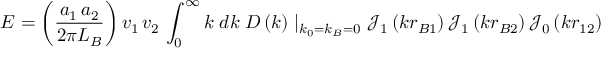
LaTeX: E = \left( { \frac { a _ { 1 } \, a _ { 2 } } { 2 \pi L _ { B } } } \right) v _ { 1 } \, v _ { 2 } \, \int _ { 0 } ^ { \infty } { k \; d k \; } D \left( k \right) \mid _ { k _ { 0 } = k _ { B } = 0 } { \mathcal { J } } _ { 1 } \left( k r _ { B 1 } \right) { \mathcal { J } } _ { 1 } \left( k r _ { B 2 } \right) { \mathcal { J } } _ { 0 } \left( k r _ { 1 2 } \right)